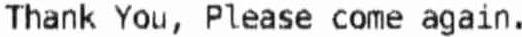
THANK YOU, PLEASE COME AGAIN.